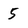
Character: 5